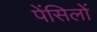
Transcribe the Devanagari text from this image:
पेंसिलों